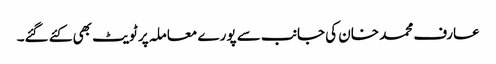
عارف محمد خان کی جانب سے پورے معاملہ پر ٹویٹ بھی کئے گئے۔